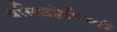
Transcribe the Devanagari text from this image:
वसिष्ठद्वेषिणी